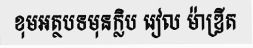
ខុមអត្ថបទមុនក្លិប រៀល ម៉ាឌ្រីត